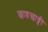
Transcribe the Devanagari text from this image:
छाङछाङ्दी